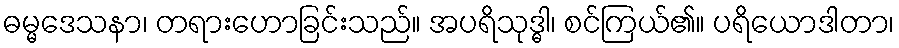
ဓမ္မဒေသနာ၊ တရားဟောခြင်းသည်။ အပရိသုဒ္ဓါ၊ စင်ကြယ်၏။ ပရိယောဒါတာ၊